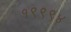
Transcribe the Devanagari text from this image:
१९९९४